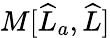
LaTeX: M[\widehat{L}_{a},\widehat{L}]